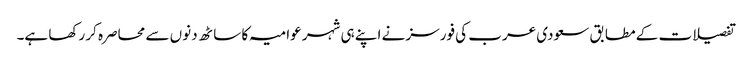
تفصیلات کے مطابق سعودی عرب کی فورسز نے اپنے ہی شہر عوامیہ کا ساٹھ دنوں سے محاصرہ کر رکھا ہے۔